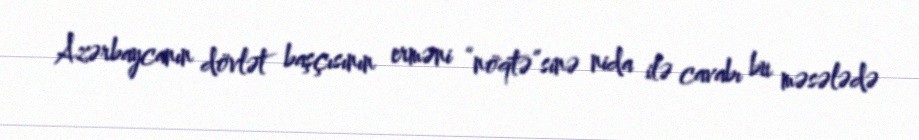
Azərbaycanın dövlət başçısının erməni “nöqtə”sinə nida ilə cavabı bu məsələdə